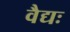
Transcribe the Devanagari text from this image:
वैद्यः